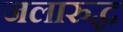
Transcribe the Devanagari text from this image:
जलारुद्ध